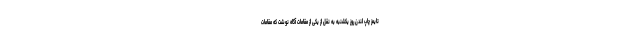
تایمز چاپ لندن روز یکشنبه به نقل از یکی از مقامات آگاه نوشت که مقامات